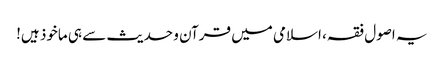
یہ اصول فقہ، اسلامی میں قرآن و حدیث سے ہی ماخوذ ہیں!